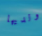
ولديها